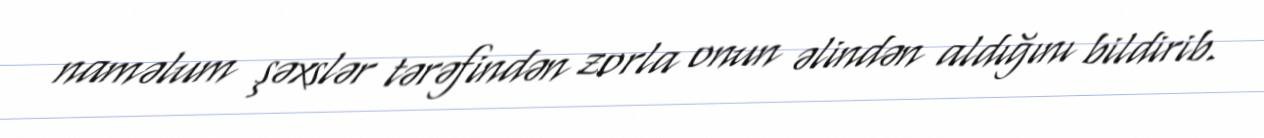
naməlum şəxslər tərəfindən zorla onun əlindən aldığını bildirib.